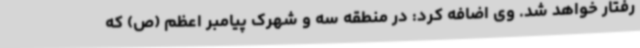
رفتار خواهد شد. وی اضافه کرد: در منطقه سه و شهرک پیامبر اعظم (ص) که